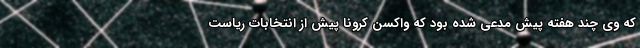
که وی چند هفته پیش مدعی شده بود که واکسن کرونا پیش از انتخابات ریاست